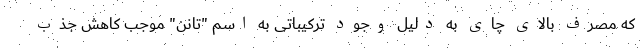
که مصرف بالای چای به دلیل وجود ترکیباتی به اسم "تانن" موجب کاهش جذب